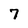
Character: 7